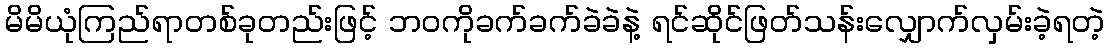
မိမိယုံကြည်ရာတစ်ခုတည်းဖြင့် ဘဝကိုခက်ခက်ခဲခဲနဲ့ ရင်ဆိုင်ဖြတ်သန်းလျှောက်လှမ်းခဲ့ရတဲ့